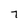
Character: 7